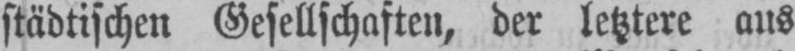
städtischen Gesellschaften, der letztere aus